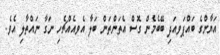
އަޔާންގެ ބައްޕަވއަދި ބޭބެމެން ގޮސް އެތަންތަން ބަލާ އެވއެއްޗެހި ނަގާ ނައްތާލި އެވެ.